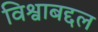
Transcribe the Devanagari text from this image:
विश्वाबद्दल